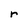
Character: r